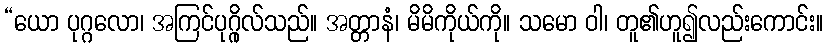
“ယော ပုဂ္ဂလော၊ အကြင်ပုဂ္ဂိုလ်သည်။ အတ္တာနံ၊ မိမိကိုယ်ကို။ သမော ဝါ၊ တူ၏ဟူ၍လည်းကောင်း။